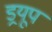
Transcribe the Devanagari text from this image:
ड्रयूप